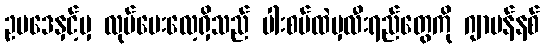
ဥပဒေနှင့်မှ လုပ်ပေးလေ့ရှိသည် ပါးစပ်ထဲမှလီးရည်တွေကို ဂျာမန်နစ်